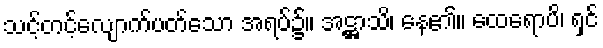
သင့်တင့်လျောက်ပတ်သော အရပ်၌။ အဋ္ဌာသိ၊ နေ၏။ ထေရောပိ၊ ရှင်